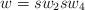
LaTeX: \begin{align*}w=s w_2 s w_4\end{align*}